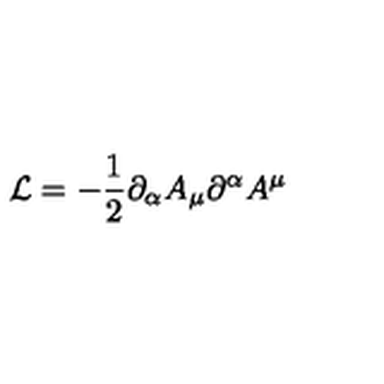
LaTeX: { \cal L } = - \frac { 1 } { 2 } \partial _ { \alpha } A _ { \mu } \partial ^ { \alpha } A ^ { \mu }